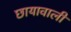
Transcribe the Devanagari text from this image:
छायावाली